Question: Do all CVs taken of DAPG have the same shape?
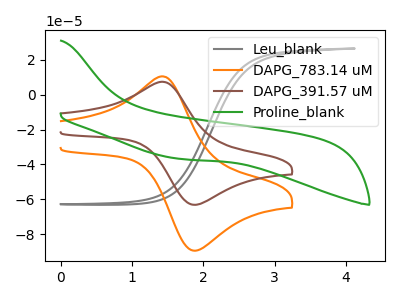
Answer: <think>The gray curve "Leu_blank" has no peaks. The orange curve "DAPG_783.14 uM" has an anodic peak at (1.45V, 10.55uA) and a cathodic peak at (1.85V, -89.20uA). The brown curve "DAPG_391.57 uM" has an anodic peak at (1.45V, 7.45uA) and a cathodic peak at (1.85V, -62.95uA). The green curve "Proline_blank" has no peaks.
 "Leu_blank" and "DAPG_783.14 uM" have a different number of peaks. "Leu_blank" and "DAPG_391.57 uM" have a different number of peaks. Neither "Leu_blank" or "Proline_blank" have any peaks. All the peaks in "DAPG_783.14 uM" have a peak in "DAPG_391.57 uM" at the same potential. Every peak in "DAPG_783.14 uM" is higher than every peak in "DAPG_391.57 uM". "DAPG_783.14 uM" and "Proline_blank" have a different number of peaks. "DAPG_391.57 uM" and "Proline_blank" have a different number of peaks.</think>
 <answer>All the CV's of "DAPG" have similar shape.</answer>
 <eval>follow_rule</eval>